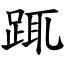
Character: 踂